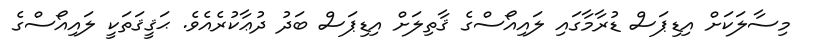
މިސާލަކަށް އިޑިޕަސް ޑުރާމާގައި ލައިއޯސްގެެ ޤާތިލަށް އިޑިޕަސް ބަދު ދުޢާކުރެއެވެ. ޙަޤީޤަތަކީ ލައިއޯސްގެ